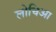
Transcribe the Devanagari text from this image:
लोचिआ